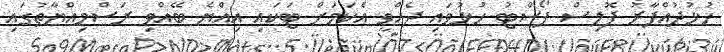
ހުޅުދުއްފާރު ޕޮލިސް ޕޯސްޓު ހުޅުވައި ދެއްވީ އެކަމަށް ޓަކައި އިއްޔެ ބޭއްވި ރަސްމިއްޔާތުގައި